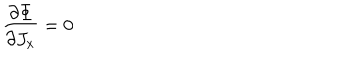
\frac { \partial \Phi } { \partial J _ { x } } = 0